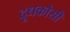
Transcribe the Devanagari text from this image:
दूधकोसी